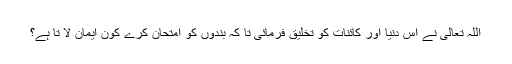
اللہ تعالی نے اس دنیا اور کائنات کو تخلیق فرمائی تا کہ بندوں کو امتحان کرے کون ایمان لا تا ہے؟